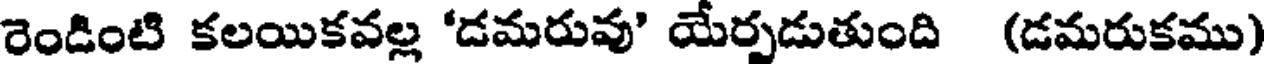
రెండింటి కలయికవల్ల 'డమరువు' యేర్పడుతుంది (డమరుకము)